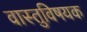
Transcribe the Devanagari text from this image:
वास्तुविषयक